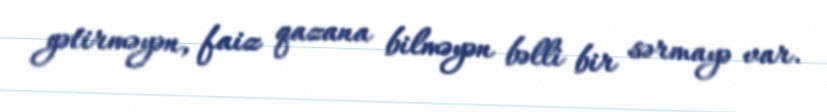
gətirməyən, faiz qazana bilməyən bəlli bir sərmayə var.